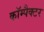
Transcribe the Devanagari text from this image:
कॉम्पैक्टर